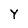
Character: Y